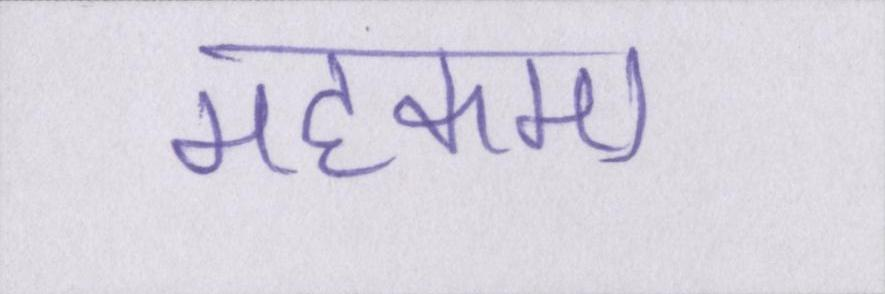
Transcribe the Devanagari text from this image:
महकमा